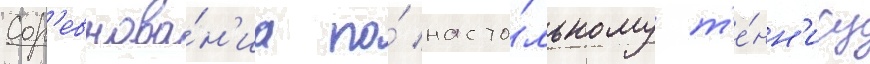
Сор'евнова́н'иа по́ насто́льному т'е́нн'ису